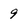
Character: 9